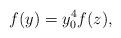
LaTeX: \begin{align*}f(y)=y_0^4f(z),\end{align*}